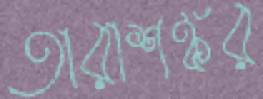
তারাশঙ্কর